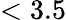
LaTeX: <3.5